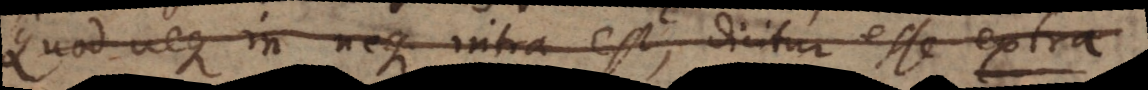
Quod neque in neque intra est, dicitur esse extra.